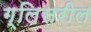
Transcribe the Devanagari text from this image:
ग्लिसरील